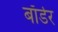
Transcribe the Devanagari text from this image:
बाॅर्डर